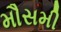
મૌસમી